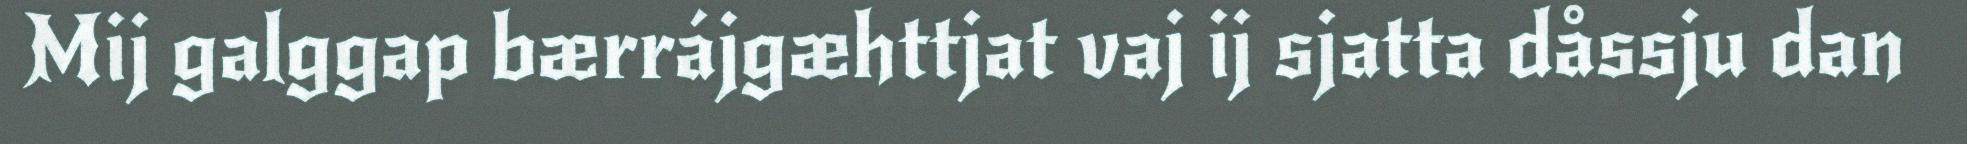
Mij galggap bærrájgæhttjat vaj ij sjatta dåssju dan